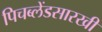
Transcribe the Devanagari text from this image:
पिचब्लेंडसारखी